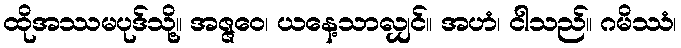
ထိုအဿမပုဒ်သို့။ အဇ္ဇဝေ၊ ယနေ့သာလျှင်။ အဟံ၊ ငါသည်။ ဂမိဿံ၊